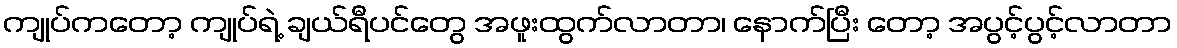
ကျုပ်ကတော့ ကျုပ်ရဲ့ ချယ်ရီပင်တွေ အဖူးထွက်လာတာ၊ နောက်ပြီး တော့ အပွင့်ပွင့်လာတာ